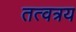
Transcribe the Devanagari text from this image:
तत्वत्रय